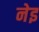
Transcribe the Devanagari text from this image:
नेइ